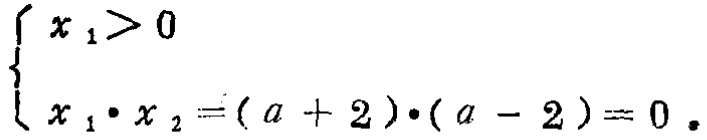
$\left\{\begin{array}{l}x_{1}>0 \\x_{1} \cdot x_{2}=(a + 2)\cdot(a - 2)=0.\end{array}\right.$